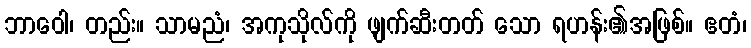
ဘာဝေါ၊ တည်း။ သာမညံ၊ အကုသိုလ်ကို ဖျက်ဆီးတတ် သော ရဟန်း၏အဖြစ်။ ဧတံ၊